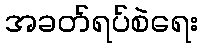
အခတ်ရပ်စဲရေး